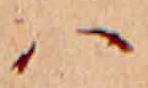
ハ